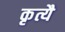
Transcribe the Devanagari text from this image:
कृत्यै